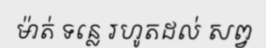
ម៉ាត់ ទន្លេ រហូតដល់ សព្វ